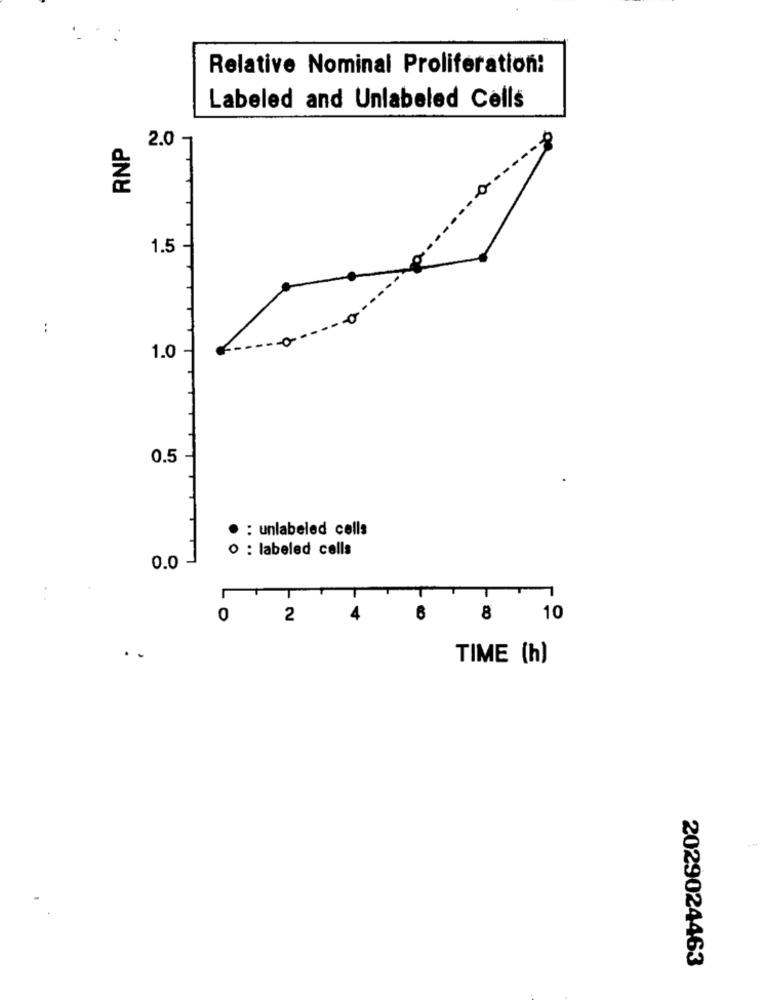
Relative Nominal Proliferation:
Labeled and Unlabeled Cells
RNP
2.0 -
T
1.5
:
1.0
0.5
: unlabeled cells
O : labeled cells
0.0
T
0
2
4
6
8
10
TIME (h)
2029024463